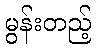
မွန်းတည့်